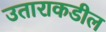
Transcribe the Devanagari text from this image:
उताराकडील